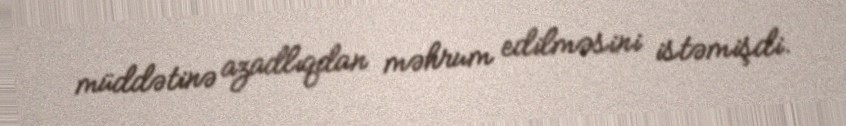
müddətinə azadlıqdan məhrum edilməsini istəmişdi.